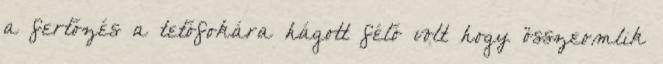
a fertőzés a tetőfokára hágott félő volt hogy összeomlik